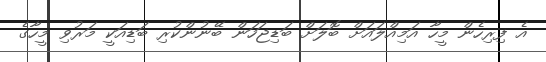
އެ ފިރިހެން މީހާ އަމިއްލައަށް ބޮލަށް ބަޑިޖަހަން ބޭނުންކުރި ބަޑިއަކީ މަރުވި މީހާގެ